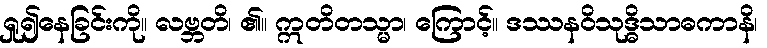
ရှု၍နေခြင်းကို။ လဗ္ဘတိ၊ ၏။ ဣတိတသ္မာ၊ ကြောင့်။ ဒဿနဝိသုဒ္ဓိသာဓကာနိ၊